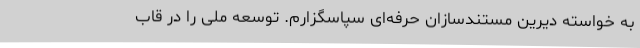
به خواسته دیرین مستندسازان حرفه‌ای سپاسگزارم. توسعه ملی را در قاب